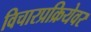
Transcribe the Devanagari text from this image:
विचारप्रक्रियेवर